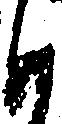
も